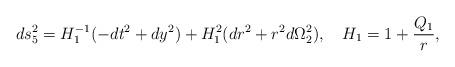
LaTeX: \begin{align*}ds_{5}^{2}=H_1^{-1}(-dt^{2}+dy^{2}) +H_1^{2}(dr^{2}+r^{2}d\Omega_{2}^{2}),\quad H_1=1+{Q_1\over r},\end{align*}